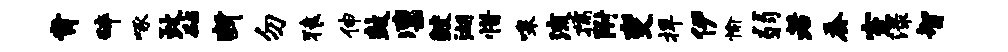
肯碎啄政砧断勿猿伸鼓凛鲛湖惜嗥流孺附变捍伊愉弱若蚕室渌智